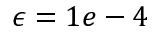
\epsilon = 1 e - 4